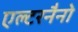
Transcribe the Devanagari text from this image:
एल्टरनैनो